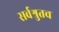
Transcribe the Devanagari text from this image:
सर्वश्रुतच